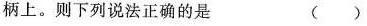
柄上。则下列说法正确的是 ( )